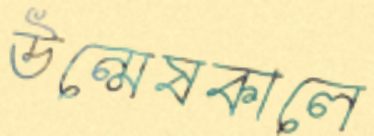
উন্মেষকালে